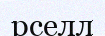
рселл